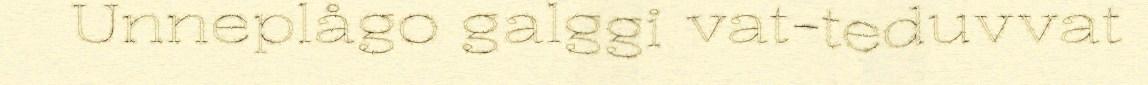
Unneplågo galggi vat-teduvvat